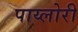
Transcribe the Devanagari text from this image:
पाय्लोरी